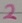
Text: 2